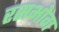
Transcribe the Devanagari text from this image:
रसभोग